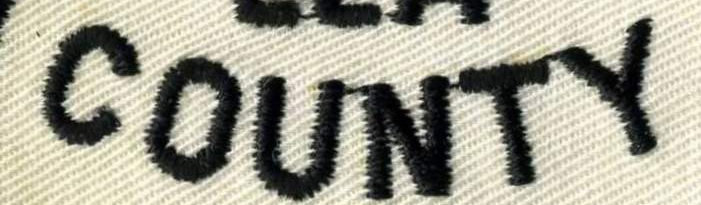
COUNTY